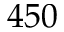
4 5 0